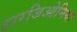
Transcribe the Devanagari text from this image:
टारजिओनिया